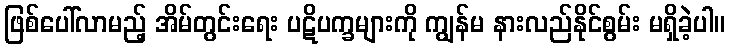
ဖြစ်ပေါ်လာမည့် အိမ်တွင်းရေး ပဋိပက္ခများကို ကျွန်မ နားလည်နိုင်စွမ်း မရှိခဲ့ပါ။